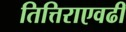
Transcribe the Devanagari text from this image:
तित्तिराएवढी